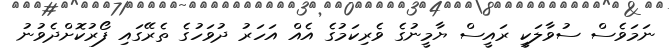
ނަމަވެސް ސުވާލަކީ ރައީސް ޔާމީނުގެ ވެރިކަމުގެ އެއް އަހަރު ދުވަހުގެ ތެރޭގައި ފޯރުކޮށްދެވުނު